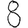
Digit: 8